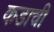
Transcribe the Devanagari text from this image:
कडाची